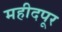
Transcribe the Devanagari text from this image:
महीदपूर